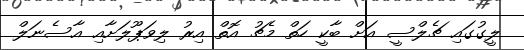
ލީގުގައި ޗެލްސީ އަށް ބާކީ ހަތް މެޗު އޮތް އިރު ލިވަޕޫލަށާއި އާސެނަލް